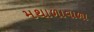
મથાળાવાળા